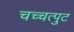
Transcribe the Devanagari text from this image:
चच्चत्पुट